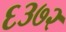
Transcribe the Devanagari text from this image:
६३७२